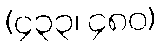
(၄၃၃၊ ၄၈၀)